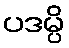
ပဒမ္ပိ